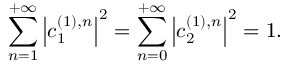
\sum _ { n = 1 } ^ { + \infty } \left| c _ { 1 } ^ { ( 1 ) , n } \right| ^ { 2 } = \sum _ { n = 0 } ^ { + \infty } \left| c _ { 2 } ^ { ( 1 ) , n } \right| ^ { 2 } = 1 .